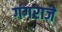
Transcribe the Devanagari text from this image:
गंगराजे